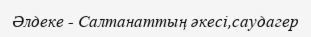
Әлдеке - Салтанаттың әкесі,саудагер